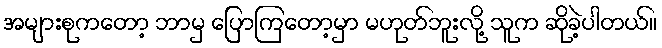
အများစုကတော့ ဘာမှ ပြောကြတော့မှာ မဟုတ်ဘူးလို့ သူက ဆိုခဲ့ပါတယ်။